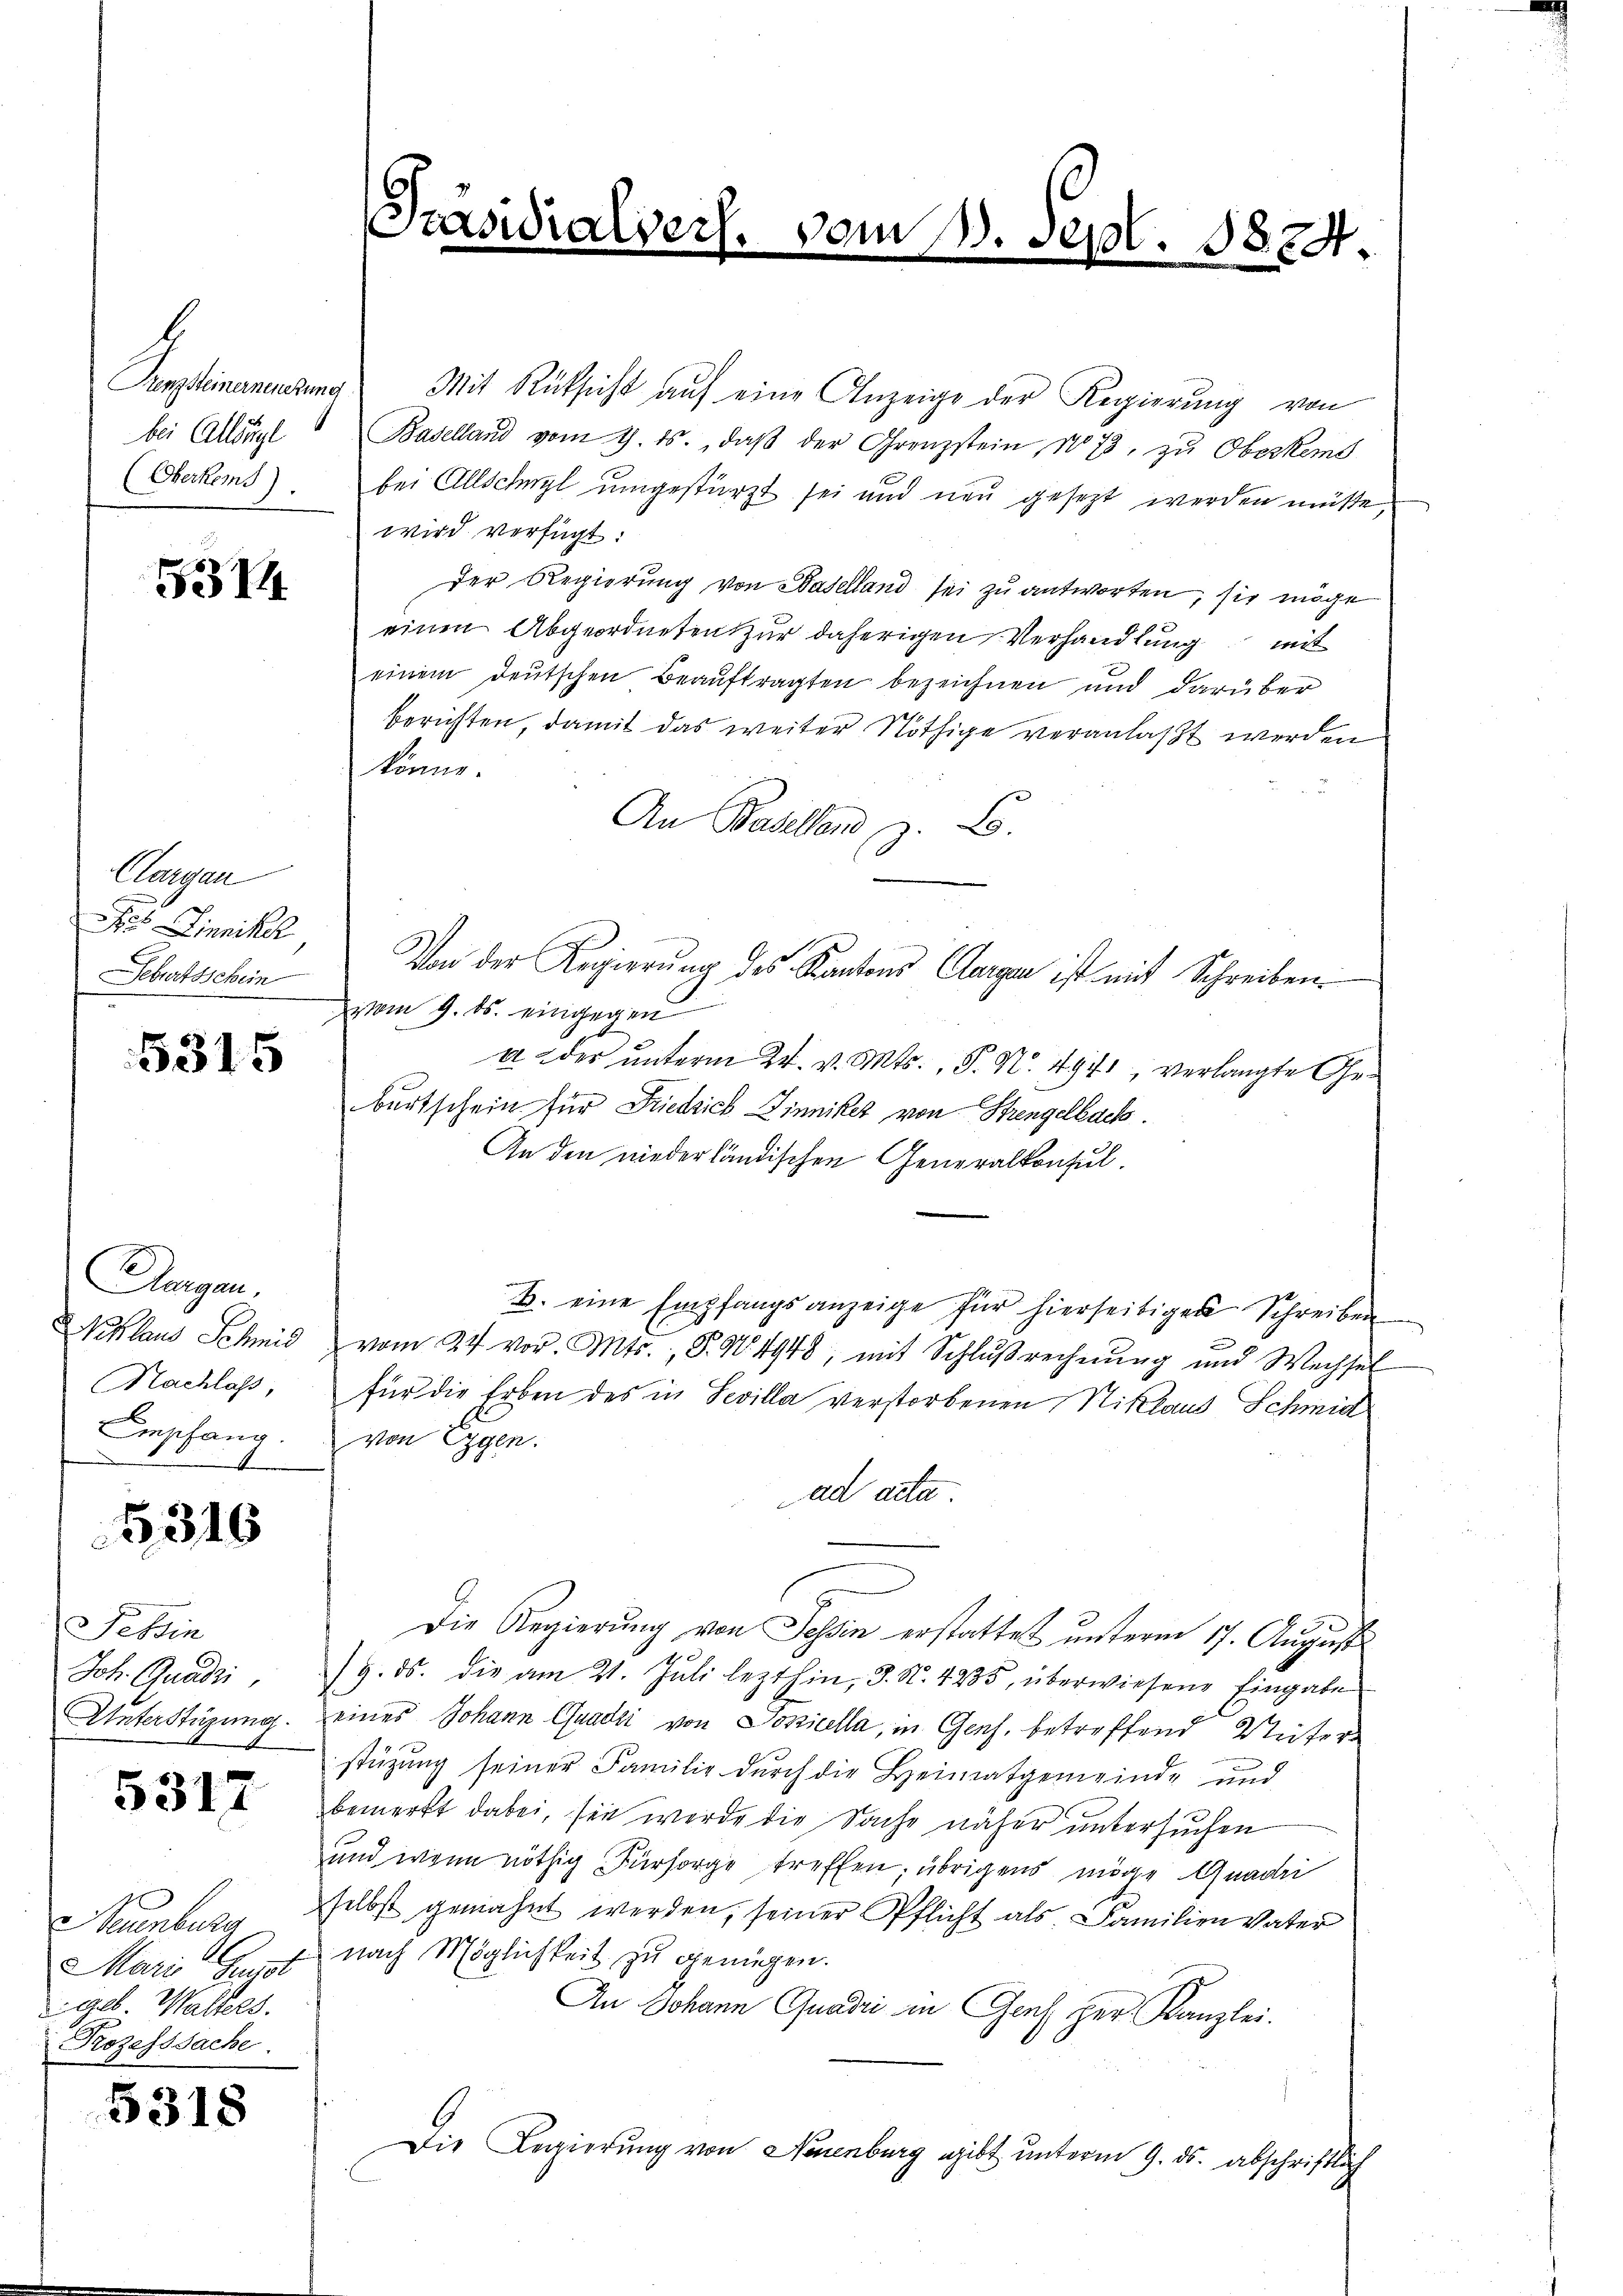
b
bei Allsügl
(Oberkems)

5314

Cargau
Pes Zinniker
eburtsschein

5315

Augen.
Nachlass,
Empfang.
b

5310

Sehin
Joh. Quadri
Unterstüzung.

5317

Neuenburg
Mari Gugot
alb. Walters.
Prozesssache.

5318

Präsidialvers.

Penzleinernenzung Mit Rücksicht auf eine Anzeige der Regierung von
Baselland vom 1. ds., daβ der Grenzstein, No 73, zŭ Oberkend
bei Allschwyl umgestürzt sei und neu gesezt werden müßte,
wird verfügt:
Der Regierung von Baselland sei zu antworten, sie möge
einen Abgeordneten zur daherigen Verhandlung mit
einem deutschen Beauftragten bezeichnen und darüber
berichten, damit das weiter Nöthige veranlaßt werden
könne.
An Basellend z. B.
Von der Regierung des Kantons Cargen ist mit Schreiben
vom 9. ds. eingegen
a der unterm 24. v. Mts., P. Nr. 4941, verlangte Geburtschein für Friedrich Dinniker von Strengelbach.
An den niederländischen Generalkonsul¬
B. eine Empfangsanzeige für hierseitigen Schreiben
Niklaus Schmid vom 24. vor. Mts., S. 14948, mit Schlŭβrechnŭng und Wechsel
für die Erben des in Sevilla verstorbenen Niklaus Schmid
von Eggen.
ad acta
Die Regierung von Tessin erstattet unterm 17. August
/9. ds. die am 21. Juli lezthin, J. N. 4285, überwiesene Eingabe
eines Johann Guadii von Doszicella, in Genf. betreffend Weiter
stüzung seiner Familie durch die Heimatgemeinde und
bemerkt dabei, sie werde die Sache näher untersuchen
und wenn nöthig Fürsorge treffen, übrigens möge Gnadei
selbst gemahnt werden, seiner Pflicht als Familien Vater
nach Möglichkeit zu genügen.
An Johann Gnade in Genf her Kanzlei.
Die Regierung von Neuenburg gibt unterm 9. ds. abschriftlich

vom 13. Sept. 1824.
e